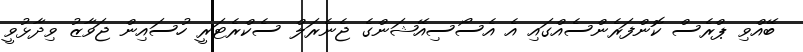
ބޭއްވި ޕްރެސް ކޮންފަރެންސެއްގައި އެ އެސޯސިއޭޝަންގެ ޖެނެރަލް ސެކްރެޓަރީ ހުސައިން ޖަވާޒު ވިދާޅުވީ